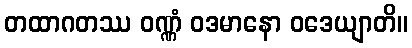
တထာဂတဿ ဝဏ္ဏံ ဝဒမာနော ဝဒေယျာတိ။